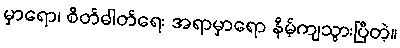
မှာရော၊ စိတ်ဓါတ်ရေး အရာမှာရော နိမ့်ကျသွားပြီတဲ့။